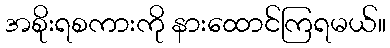
အစိုးရစကားကို နားထောင်ကြရမယ်။